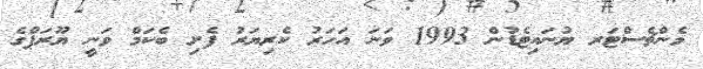
މެންޗެސްޓަރ ޔުނައިޓެޑުން 1993 ވަނަ އަހަރު ކެރިޔަރު ފެށި ބެކަމް ވަނީ ޔޫރަޕްގެ